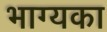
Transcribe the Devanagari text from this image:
भाग्यका